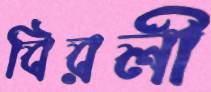
বিরলী